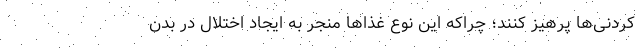
کردنی‌ها پرهیز کنند؛ چراکه این نوع غذاها منجر به ایجاد اختلال در بدن